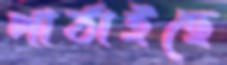
পাঠাইছে